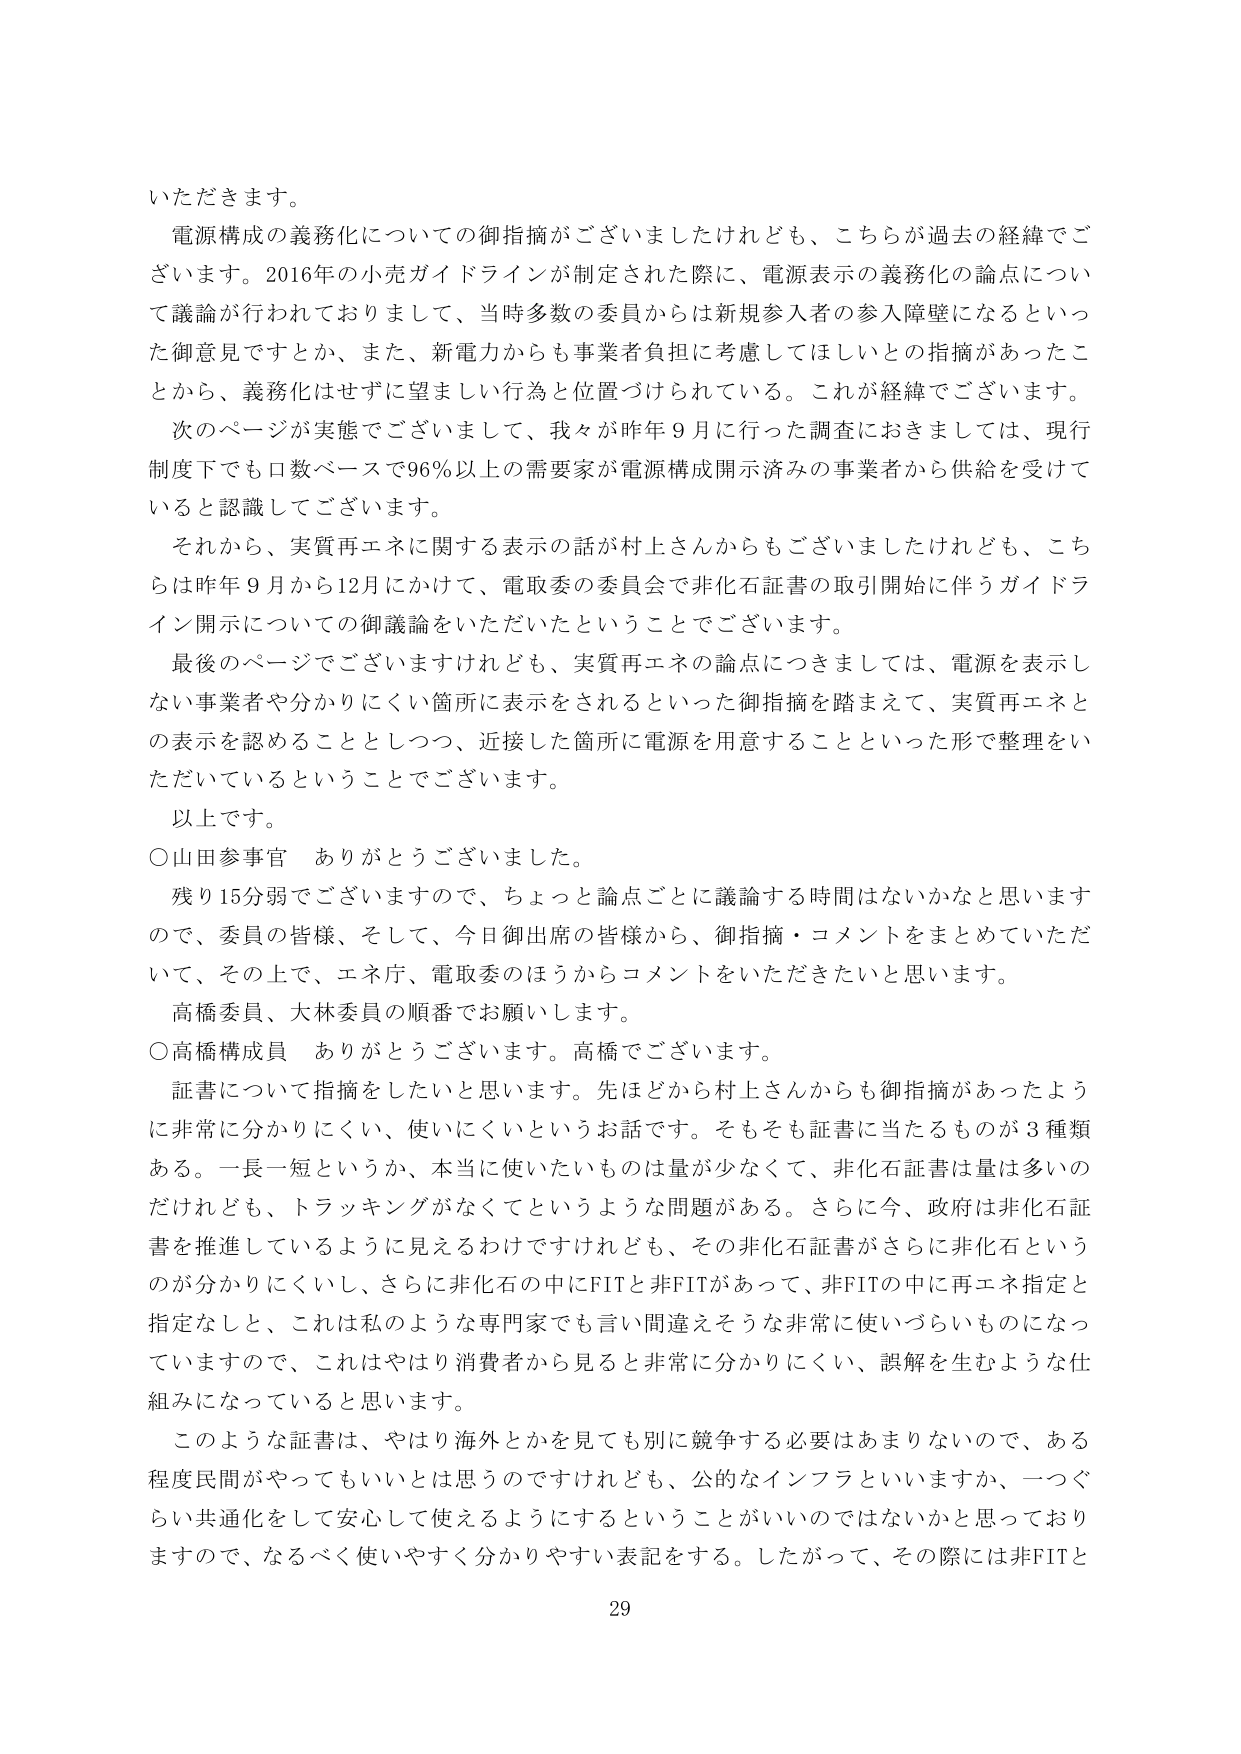
いただきます。

電源構成の義務化についての御指摘がございましたけれども、こちらが過去の経緯でございます。2016年の小売ガイドラインが制定された際に、電源表示の義務化の論点について議論が行われておりまして、当時多数の委員からは新規参入者の参入障壁になるといった御意見ですとか、また、新電力からも事業者負担に考慮してほしいとの指摘があったことから、義務化はせずに望ましい行為と位置づけられている。これが経緯でございます。

次のページが実態でございまして、我々が昨年9月に行った調査におきましては、現行制度下でも口数ベースで96％以上の需要家が電源構成開示済みの事業者から供給を受けていると認識してございます。

それから、実質再エネに関する表示の話が村上さんからもございましたけれども、こちらは昨年9月から12月にかけて、電取委の委員会で非化石証書の取引開始に伴うガイドライン開示についての御議論をいただいたということでございます。

最後のページでございますけれども、実質再エネの論点につきましては、電源を表示しない事業者や分かりにくい箇所に表示をされるといった御指摘を踏まえて、実質再エネとの表示を認めることとしつつ、近接した箇所に電源を用意することといった形で整理をいただいているということでございます。

以上です。

○山田参事官　ありがとうございます。

残り15分弱でございますので、ちょっと論点ごとに議論する時間はないかなと思いますので、委員の皆様、そして、今日御出席の皆様から、御指摘・コメントをまとめていただいて、その上で、エネ庁、電取委のほうからコメントをいただきたいと思います。

高橋委員、大林委員の順番でお願いします。

○高橋構成員　ありがとうございます。高橋でございます。

証書について指摘をしたいと思います。先ほどから村上さんからも御指摘があったように非常に分かりにくい、使いにくいというお話です。そもそも証書に当たるものが3種類ある。一長一短というか、本当に使いたいものは量が少なくって、非化石証書は量は多いのだけれども、トラッキングがなくてというような問題がある。さらに今、政府は非化石証書を推進しているように見えるわけですけれども、その非化石証書がさらに非化石というのが分かりにくいし、さらに非化石の中にFITと非FITがあって、非FITの中に再エネ指定と指定なしと、これは私のような専門家でも言い間違えそうな非常に使いづらいものになっていますので、これはやはり消費者から見ると非常に分かりにくい、誤解を生むような仕組みになっていると思います。

このような証書は、やはり海外とかを見ても別に競争する必要はあまりないので、ある程度民間がやってもいいとは思うのですけれども、公的なインフラといいますか、一つぐらい共通化をして安心して使えるようにするということがいいのではないかと思っておりますので、なるべく使いやすく分かりやすい表記をする。したがって、その際には非FITと

29